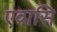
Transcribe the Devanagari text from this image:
एवासि